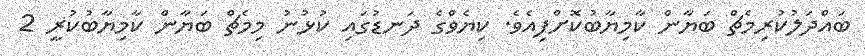
ބައްދަލުކުރިމެޗް ބަޔާން ކާމިޔާބުކޮށްފިއެވެ. ކިޔެވްގެ ދަނޑުގައި ކުޅުނު މިމެޗް ބަޔާން ކާމިޔާބުކުރީ 2